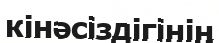
кінәсіздігінің